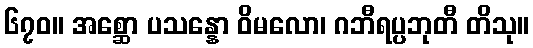
၆၇၀။ အစ္ဆော ပသန္နော ဝိမလော၊ ဂဘီရပ္ပဘုတီ တိသု။